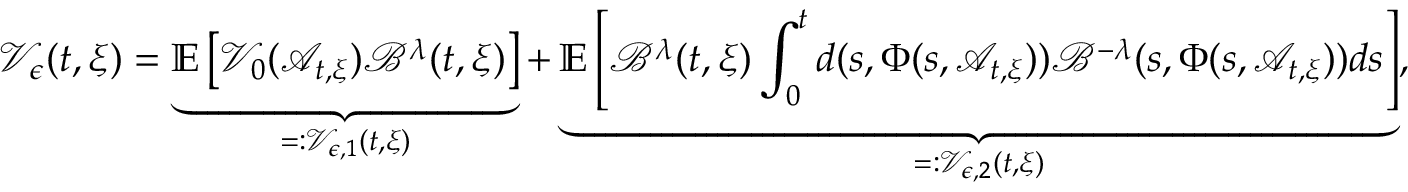
\mathcal { V } _ { \epsilon } ( t , \xi ) = \underbrace { \mathbb { E } \left[ \mathcal { V } _ { 0 } ( \mathcal { A } _ { t , \xi } ) \mathcal { B } ^ { \lambda } ( t , \xi ) \right] } _ { = : \mathcal { V } _ { \epsilon , 1 } ( t , \xi ) } + \underbrace { \mathbb { E } \left[ \mathcal { B } ^ { \lambda } ( t , \xi ) \int _ { 0 } ^ { t } d ( s , \Phi ( s , \mathcal { A } _ { t , \xi } ) ) \mathcal { B } ^ { - \lambda } ( s , \Phi ( s , \mathcal { A } _ { t , \xi } ) ) d s \right] } _ { = : \mathcal { V } _ { \epsilon , 2 } ( t , \xi ) } ,